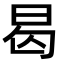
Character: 曷